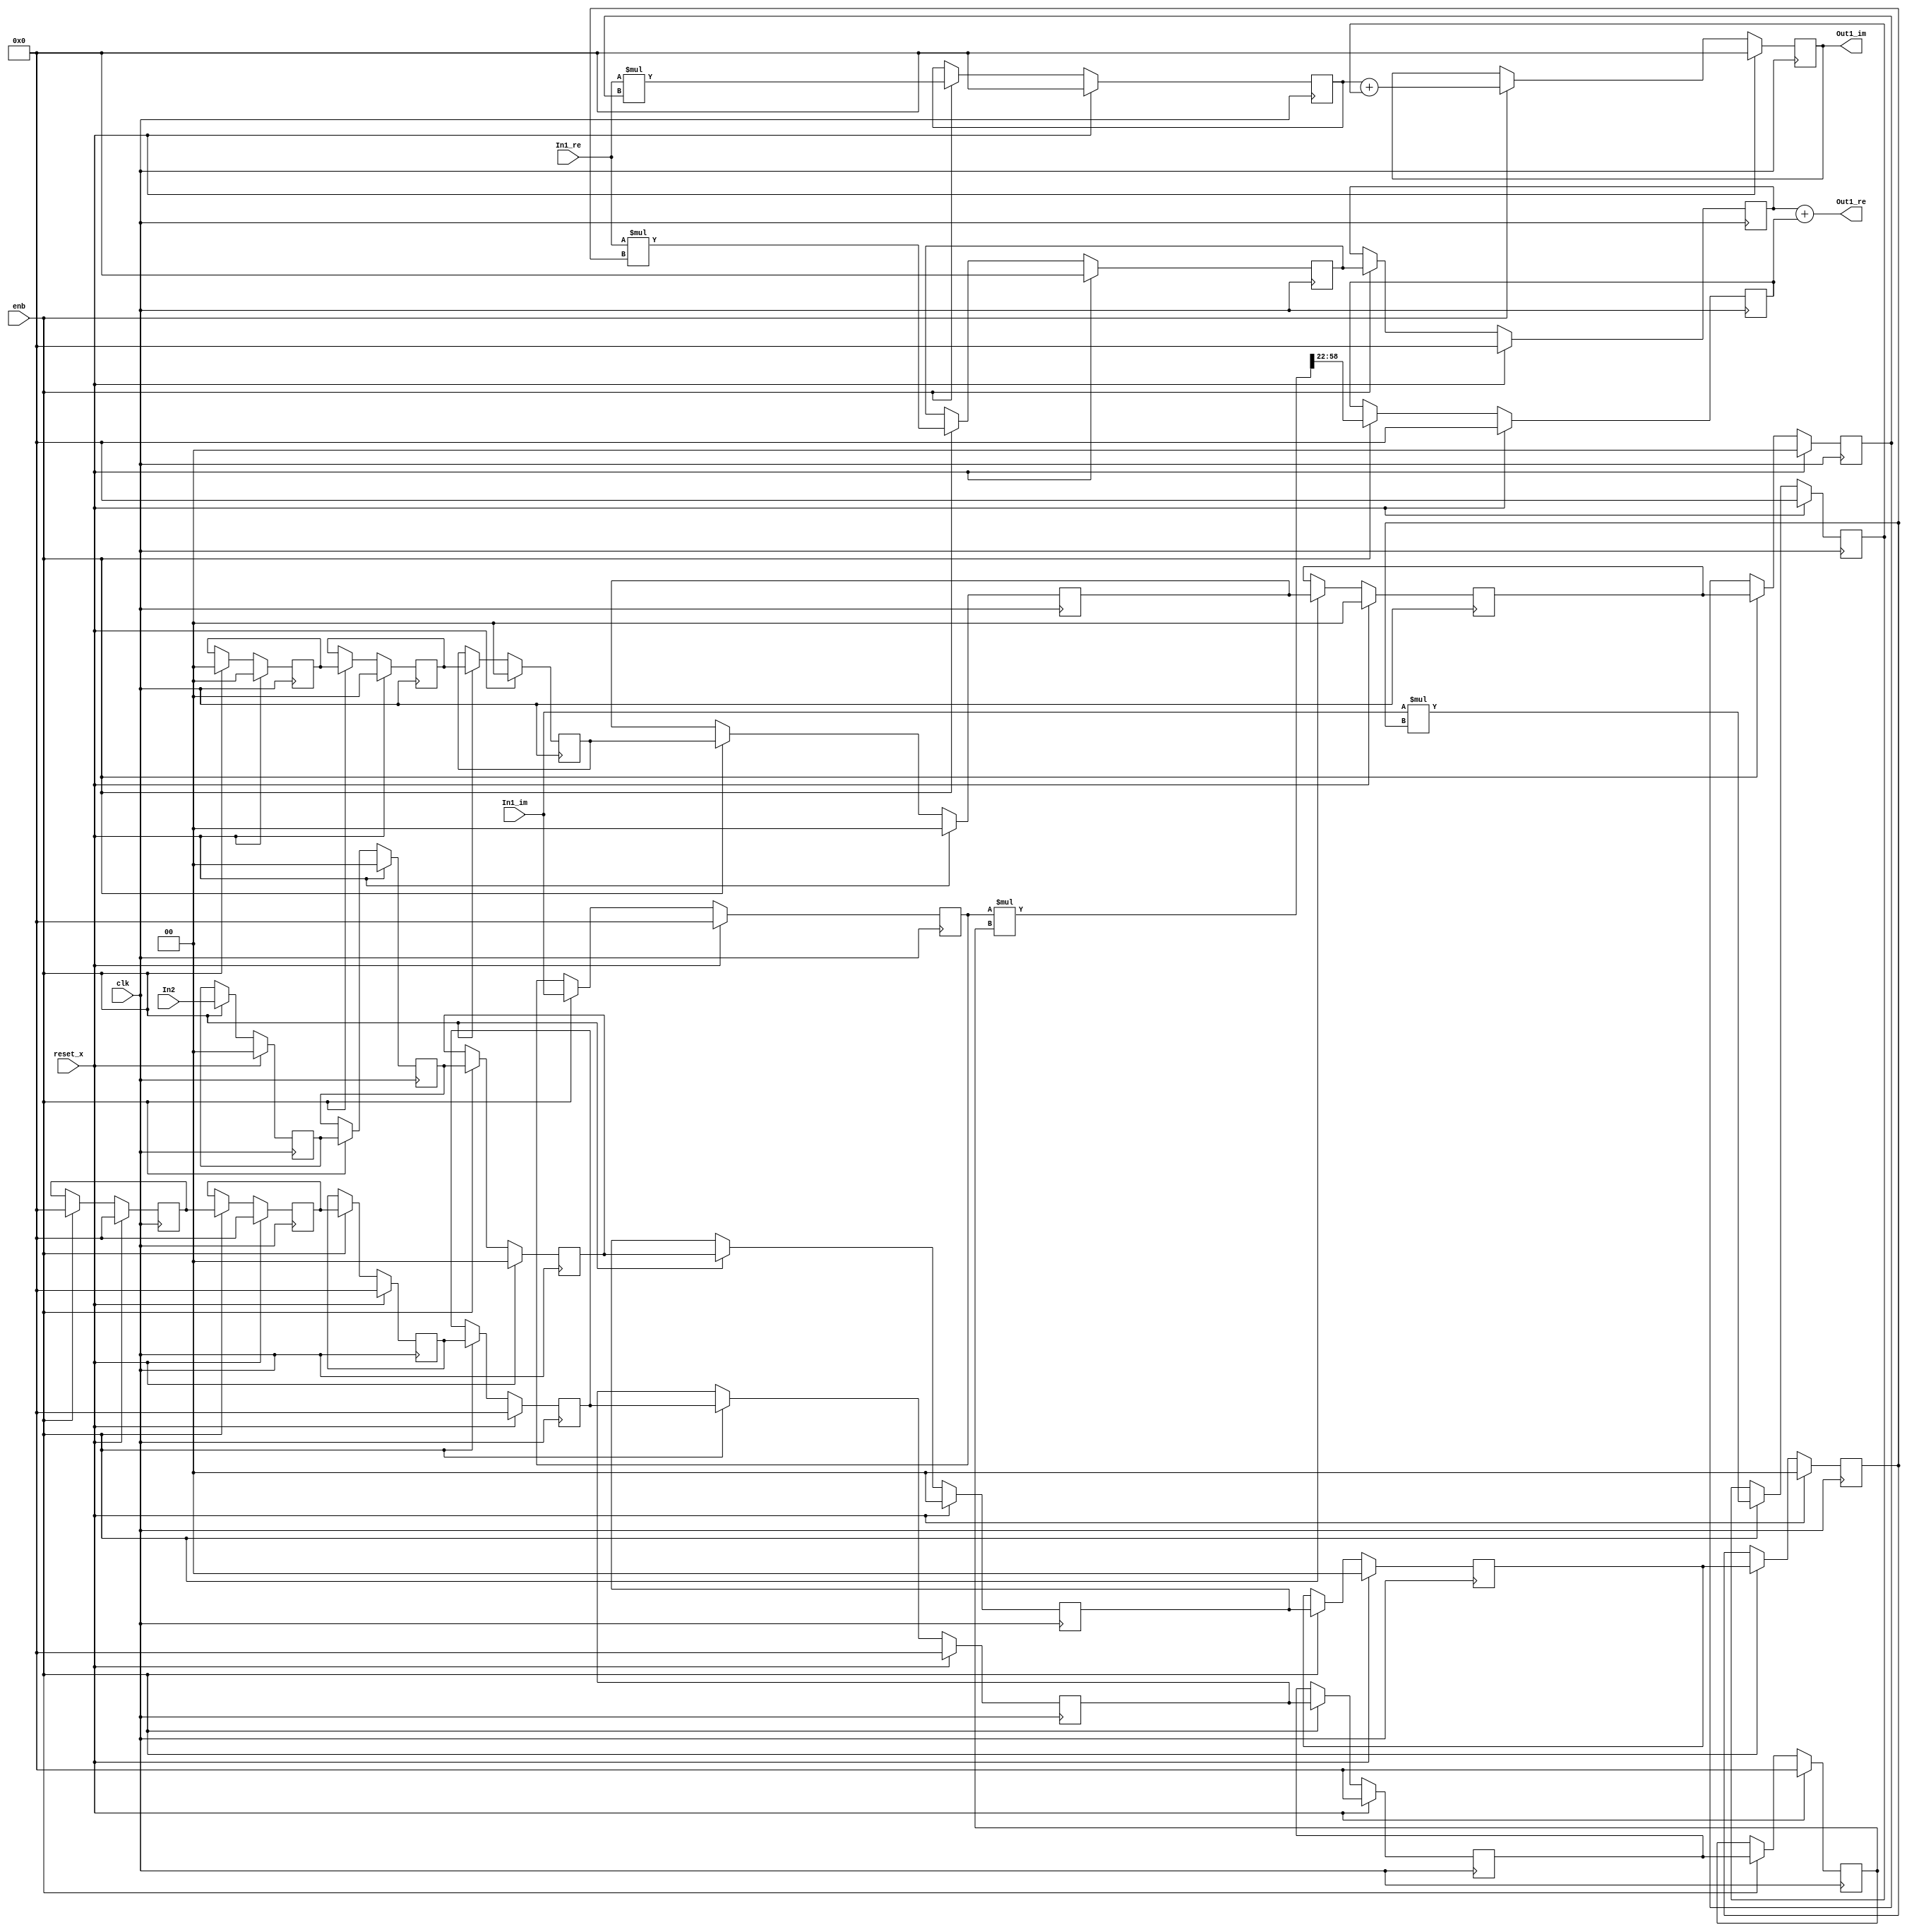
// -------------------------------------------------------------
// 
// 
// Generated by MATLAB 9.8 and HDL Coder 3.16
// 
// -------------------------------------------------------------


// -------------------------------------------------------------
// 
// Module: Complex_multiplication_block2
// Source Path: newhope_cambios/FDHT/DFT/DFT10 - block/DFT2-column 4/DFT2-2/Complex-multiplication
// Hierarchy Level: 5
// 
// -------------------------------------------------------------

`timescale 1 ns / 1 ns

module Complex_multiplication_block2
          (clk,
           reset_x,
           enb,
           In1_re,
           In1_im,
           In2,
           Out1_re,
           Out1_im);


  input   clk;
  input   reset_x;
  input   enb;
  input   signed [36:0] In1_re;  // sfix37_En22
  input   signed [36:0] In1_im;  // sfix37_En22
  input   signed [1:0] In2;  // sfix2
  output  signed [36:0] Out1_re;  // sfix37_En22
  output  signed [36:0] Out1_im;  // sfix37_En22


  wire signed [1:0] Complex_to_Real_Imag2_out1;  // sfix2
  wire signed [1:0] Complex_to_Real_Imag2_out2;  // sfix2
  reg signed [1:0] reduced_reg [0:5];  // sfix2 [6]
  wire signed [1:0] reduced_reg_next [0:5];  // sfix2 [6]
  wire signed [1:0] Complex_to_Real_Imag2_out1_1;  // sfix2
  wire signed [38:0] Product_mul_temp;  // sfix39_En22
  wire signed [36:0] Product_out1;  // sfix37_En22
  reg signed [36:0] delayMatch2_reg [0:1];  // sfix37 [2]
  wire signed [36:0] delayMatch2_reg_next [0:1];  // sfix37_En22 [2]
  wire signed [36:0] Product_out1_1;  // sfix37_En22
  reg signed [36:0] Complex_to_Real_Imag1_out2;  // sfix37_En22
  wire signed [1:0] Constant_out1;  // sfix2
  wire signed [3:0] Product4_mul_temp;  // sfix4
  wire signed [36:0] Product4_out1;  // sfix37_En22
  reg signed [36:0] HwModeRegister1_reg [0:6];  // sfix37 [7]
  wire signed [36:0] HwModeRegister1_reg_next [0:6];  // sfix37_En22 [7]
  wire signed [36:0] Product4_out1_1;  // sfix37_En22
  wire signed [73:0] Product1_mul_temp;  // sfix74_En44
  wire signed [36:0] Product1_out1;  // sfix37_En22
  reg signed [36:0] Product1_out1_1;  // sfix37_En22
  wire signed [36:0] Sum_out1;  // sfix37_En22
  reg signed [1:0] delayMatch3_reg [0:5];  // sfix2 [6]
  wire signed [1:0] delayMatch3_reg_next [0:5];  // sfix2 [6]
  wire signed [1:0] Complex_to_Real_Imag2_out2_1;  // sfix2
  wire signed [38:0] Product2_mul_temp;  // sfix39_En22
  wire signed [36:0] Product2_out1;  // sfix37_En22
  reg signed [36:0] Product2_out1_1;  // sfix37_En22
  wire signed [38:0] Product3_mul_temp;  // sfix39_En22
  wire signed [36:0] Product3_out1;  // sfix37_En22
  reg signed [36:0] Product3_out1_1;  // sfix37_En22
  wire signed [36:0] Sum1_out1;  // sfix37_En22
  reg signed [36:0] Sum1_out1_1;  // sfix37_En22


  assign Complex_to_Real_Imag2_out1 = In2;
  assign Complex_to_Real_Imag2_out2 = 2'sb00;



  always @(posedge clk)
    begin : reduced_process
      if (reset_x == 1'b1) begin
        reduced_reg[0] <= 2'sb00;
        reduced_reg[1] <= 2'sb00;
        reduced_reg[2] <= 2'sb00;
        reduced_reg[3] <= 2'sb00;
        reduced_reg[4] <= 2'sb00;
        reduced_reg[5] <= 2'sb00;
      end
      else begin
        if (enb) begin
          reduced_reg[0] <= reduced_reg_next[0];
          reduced_reg[1] <= reduced_reg_next[1];
          reduced_reg[2] <= reduced_reg_next[2];
          reduced_reg[3] <= reduced_reg_next[3];
          reduced_reg[4] <= reduced_reg_next[4];
          reduced_reg[5] <= reduced_reg_next[5];
        end
      end
    end

  assign Complex_to_Real_Imag2_out1_1 = reduced_reg[5];
  assign reduced_reg_next[0] = Complex_to_Real_Imag2_out1;
  assign reduced_reg_next[1] = reduced_reg[0];
  assign reduced_reg_next[2] = reduced_reg[1];
  assign reduced_reg_next[3] = reduced_reg[2];
  assign reduced_reg_next[4] = reduced_reg[3];
  assign reduced_reg_next[5] = reduced_reg[4];



  assign Product_mul_temp = In1_re * Complex_to_Real_Imag2_out1_1;
  assign Product_out1 = Product_mul_temp[36:0];



  always @(posedge clk)
    begin : delayMatch2_process
      if (reset_x == 1'b1) begin
        delayMatch2_reg[0] <= 37'sh0000000000;
        delayMatch2_reg[1] <= 37'sh0000000000;
      end
      else begin
        if (enb) begin
          delayMatch2_reg[0] <= delayMatch2_reg_next[0];
          delayMatch2_reg[1] <= delayMatch2_reg_next[1];
        end
      end
    end

  assign Product_out1_1 = delayMatch2_reg[1];
  assign delayMatch2_reg_next[0] = Product_out1;
  assign delayMatch2_reg_next[1] = delayMatch2_reg[0];



  always @(posedge clk)
    begin : HwModeRegister_process
      if (reset_x == 1'b1) begin
        Complex_to_Real_Imag1_out2 <= 37'sh0000000000;
      end
      else begin
        if (enb) begin
          Complex_to_Real_Imag1_out2 <= In1_im;
        end
      end
    end



  assign Constant_out1 = 2'sb11;



  assign Product4_mul_temp = Complex_to_Real_Imag2_out2 * Constant_out1;
  assign Product4_out1 = {{11{Product4_mul_temp[3]}}, {Product4_mul_temp, 22'b0000000000000000000000}};



  always @(posedge clk)
    begin : HwModeRegister1_process
      if (reset_x == 1'b1) begin
        HwModeRegister1_reg[0] <= 37'sh0000000000;
        HwModeRegister1_reg[1] <= 37'sh0000000000;
        HwModeRegister1_reg[2] <= 37'sh0000000000;
        HwModeRegister1_reg[3] <= 37'sh0000000000;
        HwModeRegister1_reg[4] <= 37'sh0000000000;
        HwModeRegister1_reg[5] <= 37'sh0000000000;
        HwModeRegister1_reg[6] <= 37'sh0000000000;
      end
      else begin
        if (enb) begin
          HwModeRegister1_reg[0] <= HwModeRegister1_reg_next[0];
          HwModeRegister1_reg[1] <= HwModeRegister1_reg_next[1];
          HwModeRegister1_reg[2] <= HwModeRegister1_reg_next[2];
          HwModeRegister1_reg[3] <= HwModeRegister1_reg_next[3];
          HwModeRegister1_reg[4] <= HwModeRegister1_reg_next[4];
          HwModeRegister1_reg[5] <= HwModeRegister1_reg_next[5];
          HwModeRegister1_reg[6] <= HwModeRegister1_reg_next[6];
        end
      end
    end

  assign Product4_out1_1 = HwModeRegister1_reg[6];
  assign HwModeRegister1_reg_next[0] = Product4_out1;
  assign HwModeRegister1_reg_next[1] = HwModeRegister1_reg[0];
  assign HwModeRegister1_reg_next[2] = HwModeRegister1_reg[1];
  assign HwModeRegister1_reg_next[3] = HwModeRegister1_reg[2];
  assign HwModeRegister1_reg_next[4] = HwModeRegister1_reg[3];
  assign HwModeRegister1_reg_next[5] = HwModeRegister1_reg[4];
  assign HwModeRegister1_reg_next[6] = HwModeRegister1_reg[5];



  assign Product1_mul_temp = Complex_to_Real_Imag1_out2 * Product4_out1_1;
  assign Product1_out1 = Product1_mul_temp[58:22];



  always @(posedge clk)
    begin : PipelineRegister1_process
      if (reset_x == 1'b1) begin
        Product1_out1_1 <= 37'sh0000000000;
      end
      else begin
        if (enb) begin
          Product1_out1_1 <= Product1_out1;
        end
      end
    end



  assign Sum_out1 = Product_out1_1 + Product1_out1_1;



  assign Out1_re = Sum_out1;

  always @(posedge clk)
    begin : delayMatch3_process
      if (reset_x == 1'b1) begin
        delayMatch3_reg[0] <= 2'sb00;
        delayMatch3_reg[1] <= 2'sb00;
        delayMatch3_reg[2] <= 2'sb00;
        delayMatch3_reg[3] <= 2'sb00;
        delayMatch3_reg[4] <= 2'sb00;
        delayMatch3_reg[5] <= 2'sb00;
      end
      else begin
        if (enb) begin
          delayMatch3_reg[0] <= delayMatch3_reg_next[0];
          delayMatch3_reg[1] <= delayMatch3_reg_next[1];
          delayMatch3_reg[2] <= delayMatch3_reg_next[2];
          delayMatch3_reg[3] <= delayMatch3_reg_next[3];
          delayMatch3_reg[4] <= delayMatch3_reg_next[4];
          delayMatch3_reg[5] <= delayMatch3_reg_next[5];
        end
      end
    end

  assign Complex_to_Real_Imag2_out2_1 = delayMatch3_reg[5];
  assign delayMatch3_reg_next[0] = Complex_to_Real_Imag2_out2;
  assign delayMatch3_reg_next[1] = delayMatch3_reg[0];
  assign delayMatch3_reg_next[2] = delayMatch3_reg[1];
  assign delayMatch3_reg_next[3] = delayMatch3_reg[2];
  assign delayMatch3_reg_next[4] = delayMatch3_reg[3];
  assign delayMatch3_reg_next[5] = delayMatch3_reg[4];



  assign Product2_mul_temp = In1_re * Complex_to_Real_Imag2_out2_1;
  assign Product2_out1 = Product2_mul_temp[36:0];



  always @(posedge clk)
    begin : PipelineRegister2_process
      if (reset_x == 1'b1) begin
        Product2_out1_1 <= 37'sh0000000000;
      end
      else begin
        if (enb) begin
          Product2_out1_1 <= Product2_out1;
        end
      end
    end



  assign Product3_mul_temp = In1_im * Complex_to_Real_Imag2_out1_1;
  assign Product3_out1 = Product3_mul_temp[36:0];



  always @(posedge clk)
    begin : PipelineRegister3_process
      if (reset_x == 1'b1) begin
        Product3_out1_1 <= 37'sh0000000000;
      end
      else begin
        if (enb) begin
          Product3_out1_1 <= Product3_out1;
        end
      end
    end



  assign Sum1_out1 = Product2_out1_1 + Product3_out1_1;



  always @(posedge clk)
    begin : delayMatch5_process
      if (reset_x == 1'b1) begin
        Sum1_out1_1 <= 37'sh0000000000;
      end
      else begin
        if (enb) begin
          Sum1_out1_1 <= Sum1_out1;
        end
      end
    end



  assign Out1_im = Sum1_out1_1;

endmodule  // Complex_multiplication_block2